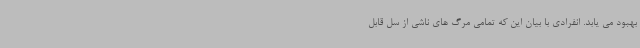
بهبود می یابد. انفرادی با بیان این که تمامی مرگ های ناشی از سل قابل